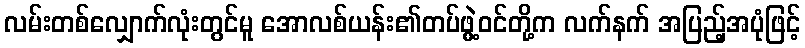
လမ်းတစ်လျှောက်လုံးတွင်မူ အောလစ်ယန်း၏တပ်ဖွဲ့ဝင်တို့က လက်နက် အပြည့်အပုံဖြင့်